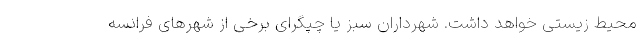
محیط زیستی خواهد داشت. شهرداران سبز یا چپگرای برخی از شهرهای فرانسه